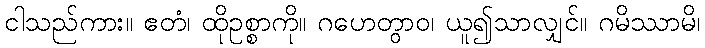
ငါသည်ကား။ ဧတံ၊ ထိုဥစ္စာကို။ ဂဟေတွာဝ၊ ယူ၍သာလျှင်။ ဂမိဿာမိ၊